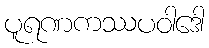
ပူရဏကဿပဝါဒေါ